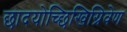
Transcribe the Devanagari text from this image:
छादयोच्छिखिग्रिवेण